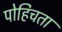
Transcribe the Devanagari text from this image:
पोहिचता